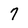
Character: 7